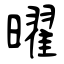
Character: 曜